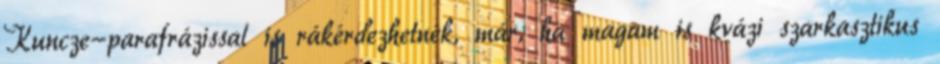
Kuncze-parafrázissal is rákérdezhetnék, már, ha magam is kvázi szarkasztikus